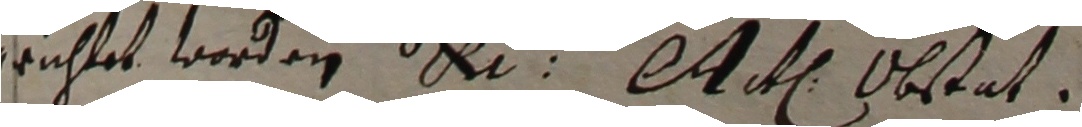
erichtet worden e  e obstat.